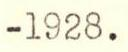
-1928.